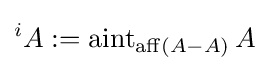
{}^{i}A:=\operatorname {aint} _{\operatorname {aff} (A-A)}A